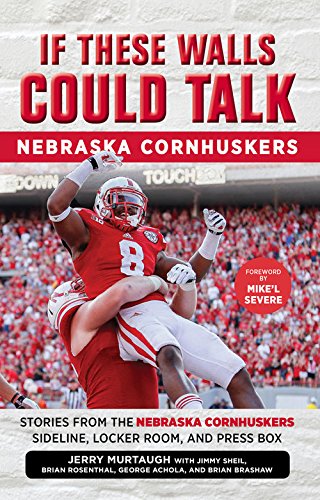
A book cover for If These Walls Could Talk: Nebraska Cornhuskers: Stories From the Nebraska Cornhuskers Sideline, Locker Room, and Press Box; Jerry Murtaugh; Travel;